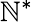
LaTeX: \mathbb{N}^{\ast}